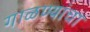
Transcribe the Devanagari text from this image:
गाळण्यांचा